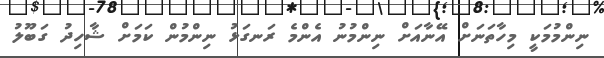
ނިންމުމަކީ މިހާތަނަށް އޭނާއަށް ނިންމުނު އެންމެ ރަނގަޅު ނިންމުން ކަމަށް ޝާހިދު ގަބޫލު